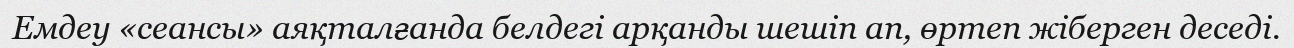
Емдеу «сеансы» аяқталғанда белдегі арқанды шешіп ап, өртеп жіберген деседі.